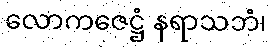
လောကဇေဋ္ဌံ နရာသဘံ၊